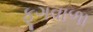
ફૂગવાળા